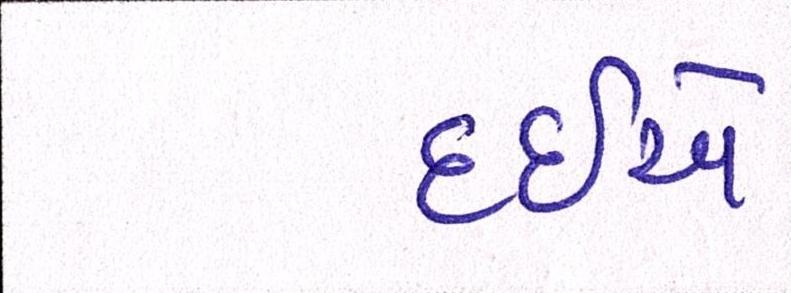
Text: દઇએ